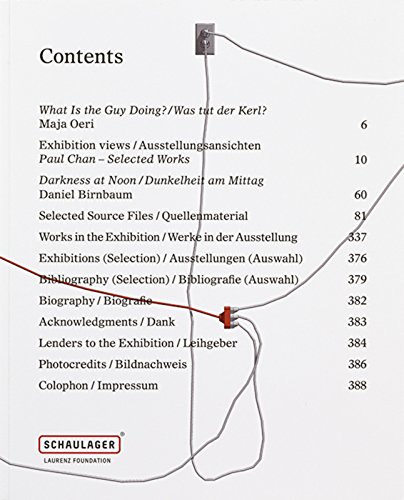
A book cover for Paul Chan: Selected Works; Arts & Photography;